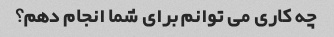
چه کاری می توانم برای شما انجام دهم؟